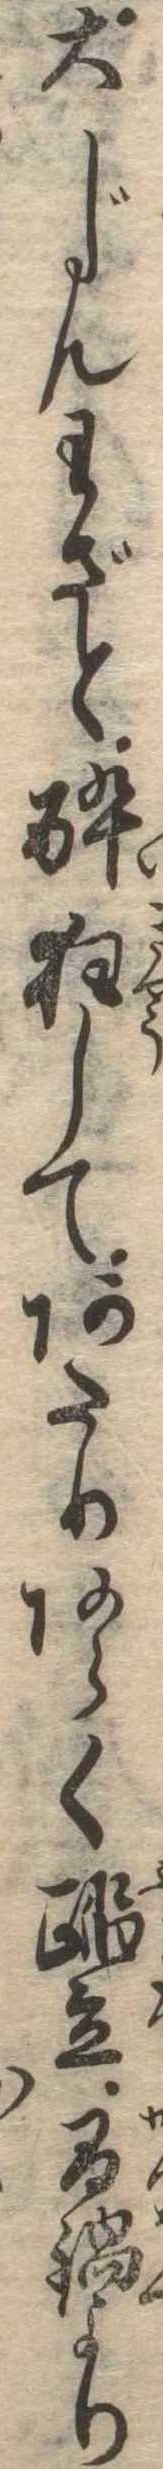
大じんわざと酔狂してあたりあらく踏立間鍋より